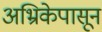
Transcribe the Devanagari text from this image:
अभ्रिकेपासून